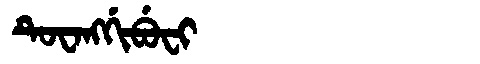
Manchu: ᡨᡠᠸᠠᠩᡤᡳᠪᡠᠸᡳ
Romanization: TUWANGGIBUFI